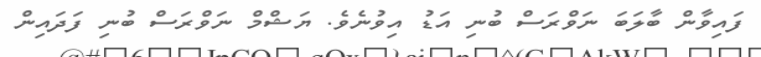
ފައިވާން ބާލަބަ ނަވްރަސް ބުނި އަޑު އިވުނެވެ. ޔަޝްމް ނަވްރަސް ބުނި ފަދައިން